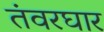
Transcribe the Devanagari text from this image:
तंवरघार